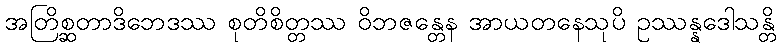
အတြိစ္ဆတာဒိဘေဒဿ စုတိစိတ္တဿ ဝိဘဇန္တေန အာယတနေသုပိ ဥဿန္နဒေါသန္တိ